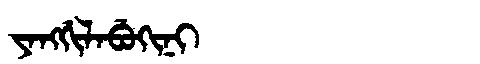
Manchu: ᠶᠠᠩᡤᡳᠯᠠᠪᡠᡴᡳᠨᡳ
Romanization: YANGGILABUKINI